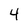
Character: 4